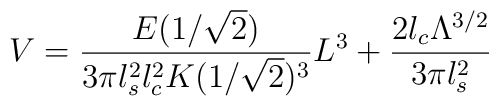
V=\frac{E(1/\sqrt{2})}{3\pi l_s^2l_c^2K(1/\sqrt{2})^3}L^3+\frac{2l_c\Lambda^{3/2}}{3\pi l_s^2}